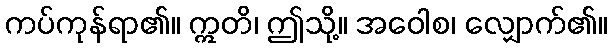
ကပ်ကုန်ရာ၏။ ဣတိ၊ ဤသို့။ အဝေါစ၊ လျှောက်၏။